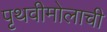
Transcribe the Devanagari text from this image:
पृथवीमोलाची